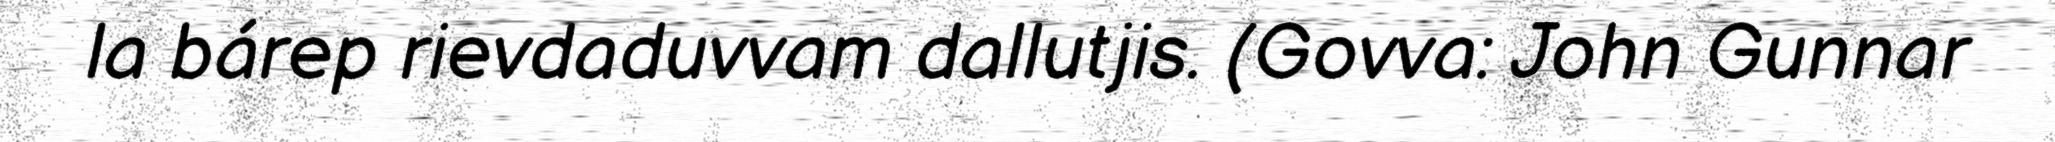
la bárep rievdaduvvam dallutjis. (Govva: John Gunnar